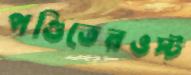
পণ্ডিতেরওস্ট্